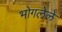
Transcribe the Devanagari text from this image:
भोगलेले